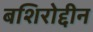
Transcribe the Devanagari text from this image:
बशिरोद्दीन